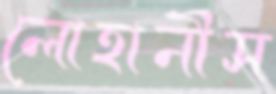
লোহানীস